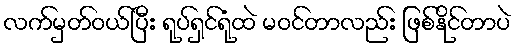
လက်မှတ်ဝယ်ပြီး ရုပ်ရှင်ရုံထဲ မဝင်တာလည်း ဖြစ်နိုင်တာပဲ